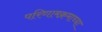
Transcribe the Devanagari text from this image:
परिणामक्रमाच्या